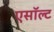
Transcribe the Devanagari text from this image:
एसॉल्ट